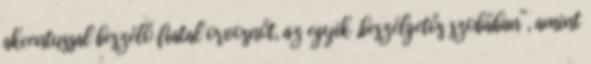
akcentussal beszélő fiatal orvosnőt, az egyik „beszélgetős szobában”, amint